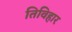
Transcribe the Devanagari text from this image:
तिविहार